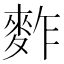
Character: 𪌟